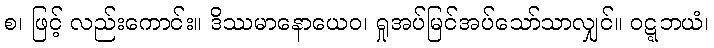
စ၊ ဖြင့် လည်းကောင်း။ ဒိဿမာနောယေဝ၊ ရှုအပ်မြင်အပ်သော်သာလျှင်။ ဝဋ္ဋဘယံ၊